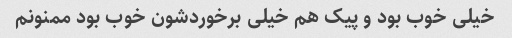
خیلی خوب بود و پیک هم خیلی برخوردشون خوب بود ممنونم